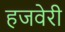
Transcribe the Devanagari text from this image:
हजवेरी